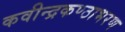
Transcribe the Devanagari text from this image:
कवीन्द्रकण्ठाभरण